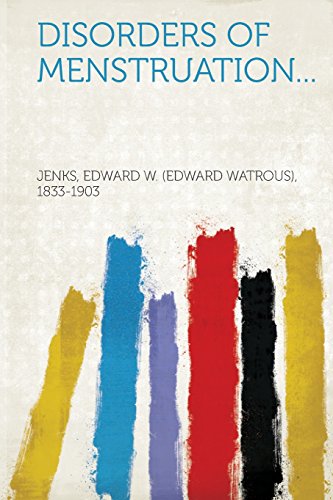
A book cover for Disorders of Menstruation...; Health, Fitness & Dieting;